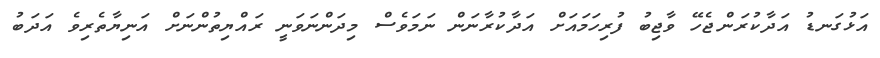
އަޅުގަނޑު އަދާކުރަންޖެހޭ ވާޖިބު ފުރިހަމައަށް އަދާކުރާނަން ނަމަވެސް މިދަންނަވަނީ ރައްޔިތުންނަށް އަނިޔާތެރިވެ އަދަބު